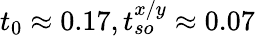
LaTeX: t_{0}\approx 0.17,t_{so}^{x/y}\approx 0.07